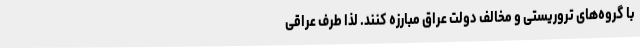
با گروه‌های تروریستی و مخالف دولت عراق مبارزه کنند. لذا طرف عراقی